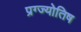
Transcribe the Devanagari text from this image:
प्रग्ज्योतिष